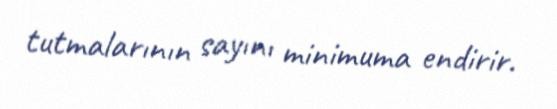
tutmalarının sayını minimuma endirir.